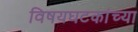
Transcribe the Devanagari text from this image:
विषयघटकांच्या